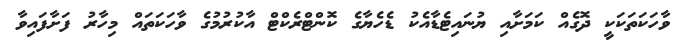
ވާހަކަތަކަކީ ދޮގެއް ކަމަށާއި ޔުނައިޓެޑާއެކު ޑެހެޔާގެ ކޮންޓްރެކްޓް އާކުރުމުގެ ވާހަކަތައް މިހާރު ފަށާފައިވާ